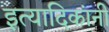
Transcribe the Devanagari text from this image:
इत्यादिकांनी